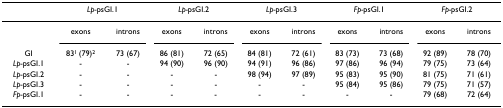
<table><thead><tr><td></td><td colspan="2"><b><i>Lp-</i>psGI.1</b></td><td colspan="2"><b><i>Lp-</i>psGI.2</b></td><td colspan="2"><b><i>Lp-</i>psGI.3</b></td><td colspan="2"><b><i>Fp-</i>psGI.1</b></td><td colspan="2"><b><i>Fp-</i>psGI.2</b></td></tr></thead><tbody><tr><td></td><td>exons</td><td>introns</td><td>exons</td><td>introns</td><td>exons</td><td>introns</td><td>exons</td><td>introns</td><td>exons</td><td>introns</td></tr><tr><td>GI</td><td>83<sup>1 </sup>(79)<sup>2</sup></td><td>73 (67)</td><td>86 (81)</td><td>72 (65)</td><td>84 (81)</td><td>72 (61)</td><td>83 (73)</td><td>73 (68)</td><td>92 (89)</td><td>78 (70)</td></tr><tr><td><i>Lp-</i>psGI.1</td><td>-</td><td>-</td><td>94 (90)</td><td>96 (90)</td><td>94 (91)</td><td>96 (86)</td><td>97 (86)</td><td>96 (94)</td><td>79 (75)</td><td>73 (64)</td></tr><tr><td><i>Lp-</i>psGI.2</td><td>-</td><td>-</td><td>-</td><td>-</td><td>98 (94)</td><td>97 (89)</td><td>95 (83)</td><td>95 (90)</td><td>81 (75)</td><td>71 (61)</td></tr><tr><td><i>Lp-</i>psGI.3</td><td>-</td><td>-</td><td>-</td><td>-</td><td>-</td><td>-</td><td>95 (84)</td><td>95 (86)</td><td>79 (75)</td><td>71 (57)</td></tr><tr><td><i>Fp-</i>psGI.1</td><td>-</td><td>-</td><td>-</td><td>-</td><td>-</td><td>-</td><td>-</td><td>-</td><td>79 (68)</td><td>72 (64)</td></tr></tbody></table>